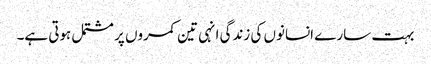
بہت سارے انسانوں کی زندگی انہی تین کمروں پر مشتمل ہوتی ہے۔